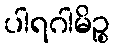
ပါရဂါမိဉ္စ